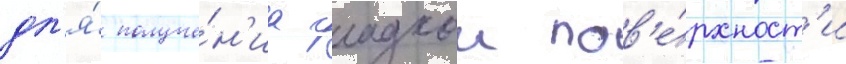
дл'я́ получе́н'иа гладкои пов'е́рхност'и